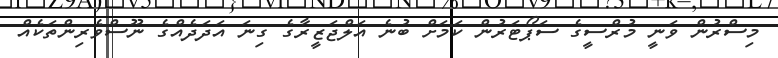
މިސްރުން ވަނީ މުރްސީގެ ސަޕޯޓަރުން ކަމަށް ބުނެ އަލްޖަޒީރާގެ ގިނަ އަދަދެއްގެ ނޫސްވެރިންތަކެއް